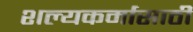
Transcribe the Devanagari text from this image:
शल्यकर्मासाठी